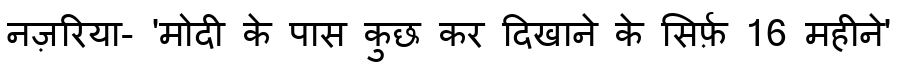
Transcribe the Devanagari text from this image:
नज़रिया- 'मोदी के पास कुछ कर दिखाने के सिर्फ़ 16 महीने'